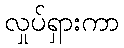
လှုပ်ရှားကာ